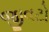
જીવટો